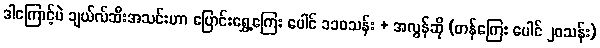
ဒါကြောင့်ပဲ ချယ်လ်ဆီးအသင်းဟာ ပြောင်းရွှေ့ကြေး ပေါင် ၁၁၀သန်း + အလွန်ဆို (တန်ကြေး ပေါင် ၂၀သန်း)